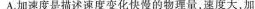
A.加速度是描述速度变化快慢的物理量，速度大，加